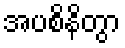
အပစိနိတွာ